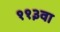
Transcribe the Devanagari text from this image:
११३वा